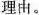
理由。